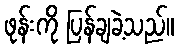
ဖုန်းကို ပြန်ချခဲ့သည်။